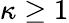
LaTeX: \kappa\geq 1